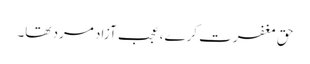
حق مغفرت کرے، عجب آزاد مرد تھا۔